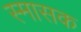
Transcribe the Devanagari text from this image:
स्मासक